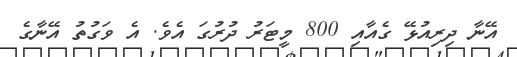
އޭނާ ދިރިއުޅޭ ގެއާއި 800 މީޓަރު ދުރުގަ އެވެ. އެ ވަގުތު އޭނާގެ